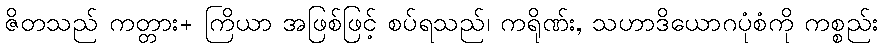
ဇိတသည် ကတ္တား+ ကြိယာ အဖြစ်ဖြင့် စပ်ရသည်၊ ကရိုဏ်း, သဟာဒိယောဂပုံစံကို ကစ္စည်း